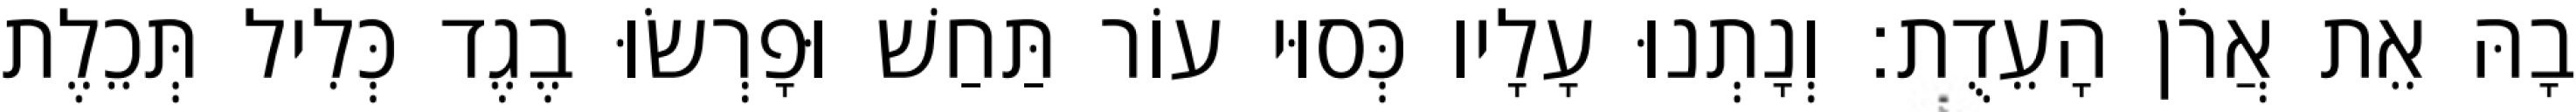
בָהּ אֵת אֲרֹן הָעֵדֻת׃ וְנָתְנוּ עָלָיו כְּסוּי עוֹר תַּחַשׁ וּפָרְשׂוּ בֶגֶד כְּלִיל תְּכֵלֶת